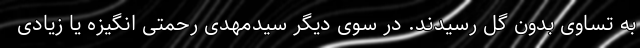
به تساوی بدون گل رسیدند. در سوی دیگر سیدمهدی رحمتی انگیزه‌ یا زیادی